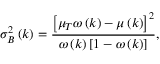
\sigma _ { B } ^ { 2 } \left( k \right) = \frac { \left[ \mu _ { T } \omega \left( k \right) - \mu \left( k \right) \right] ^ { 2 } } { \omega \left( k \right) \left[ 1 - \omega \left( k \right) \right] } ,